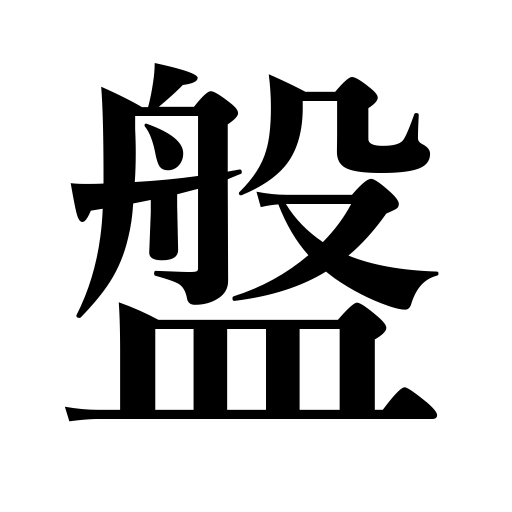
Meanings: tray,shallow bowl,board,platter,phonograph record,tub